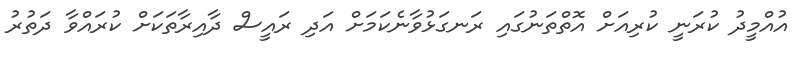
އުއްމީދު ކުރަނީ ކުރިއަށް އޮތްތަނުގައި ރަނގަޅުވާނެކަމަށް އަދި ރައީސް ދާއިރާތަކަށް ކުރައްވާ ދަތުރު